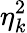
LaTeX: \eta_{k}^{2}